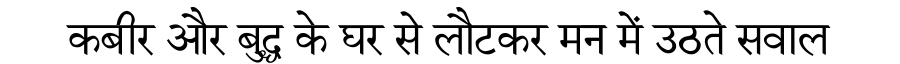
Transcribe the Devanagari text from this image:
कबीर और बुद्ध के घर से लौटकर मन में उठते सवाल